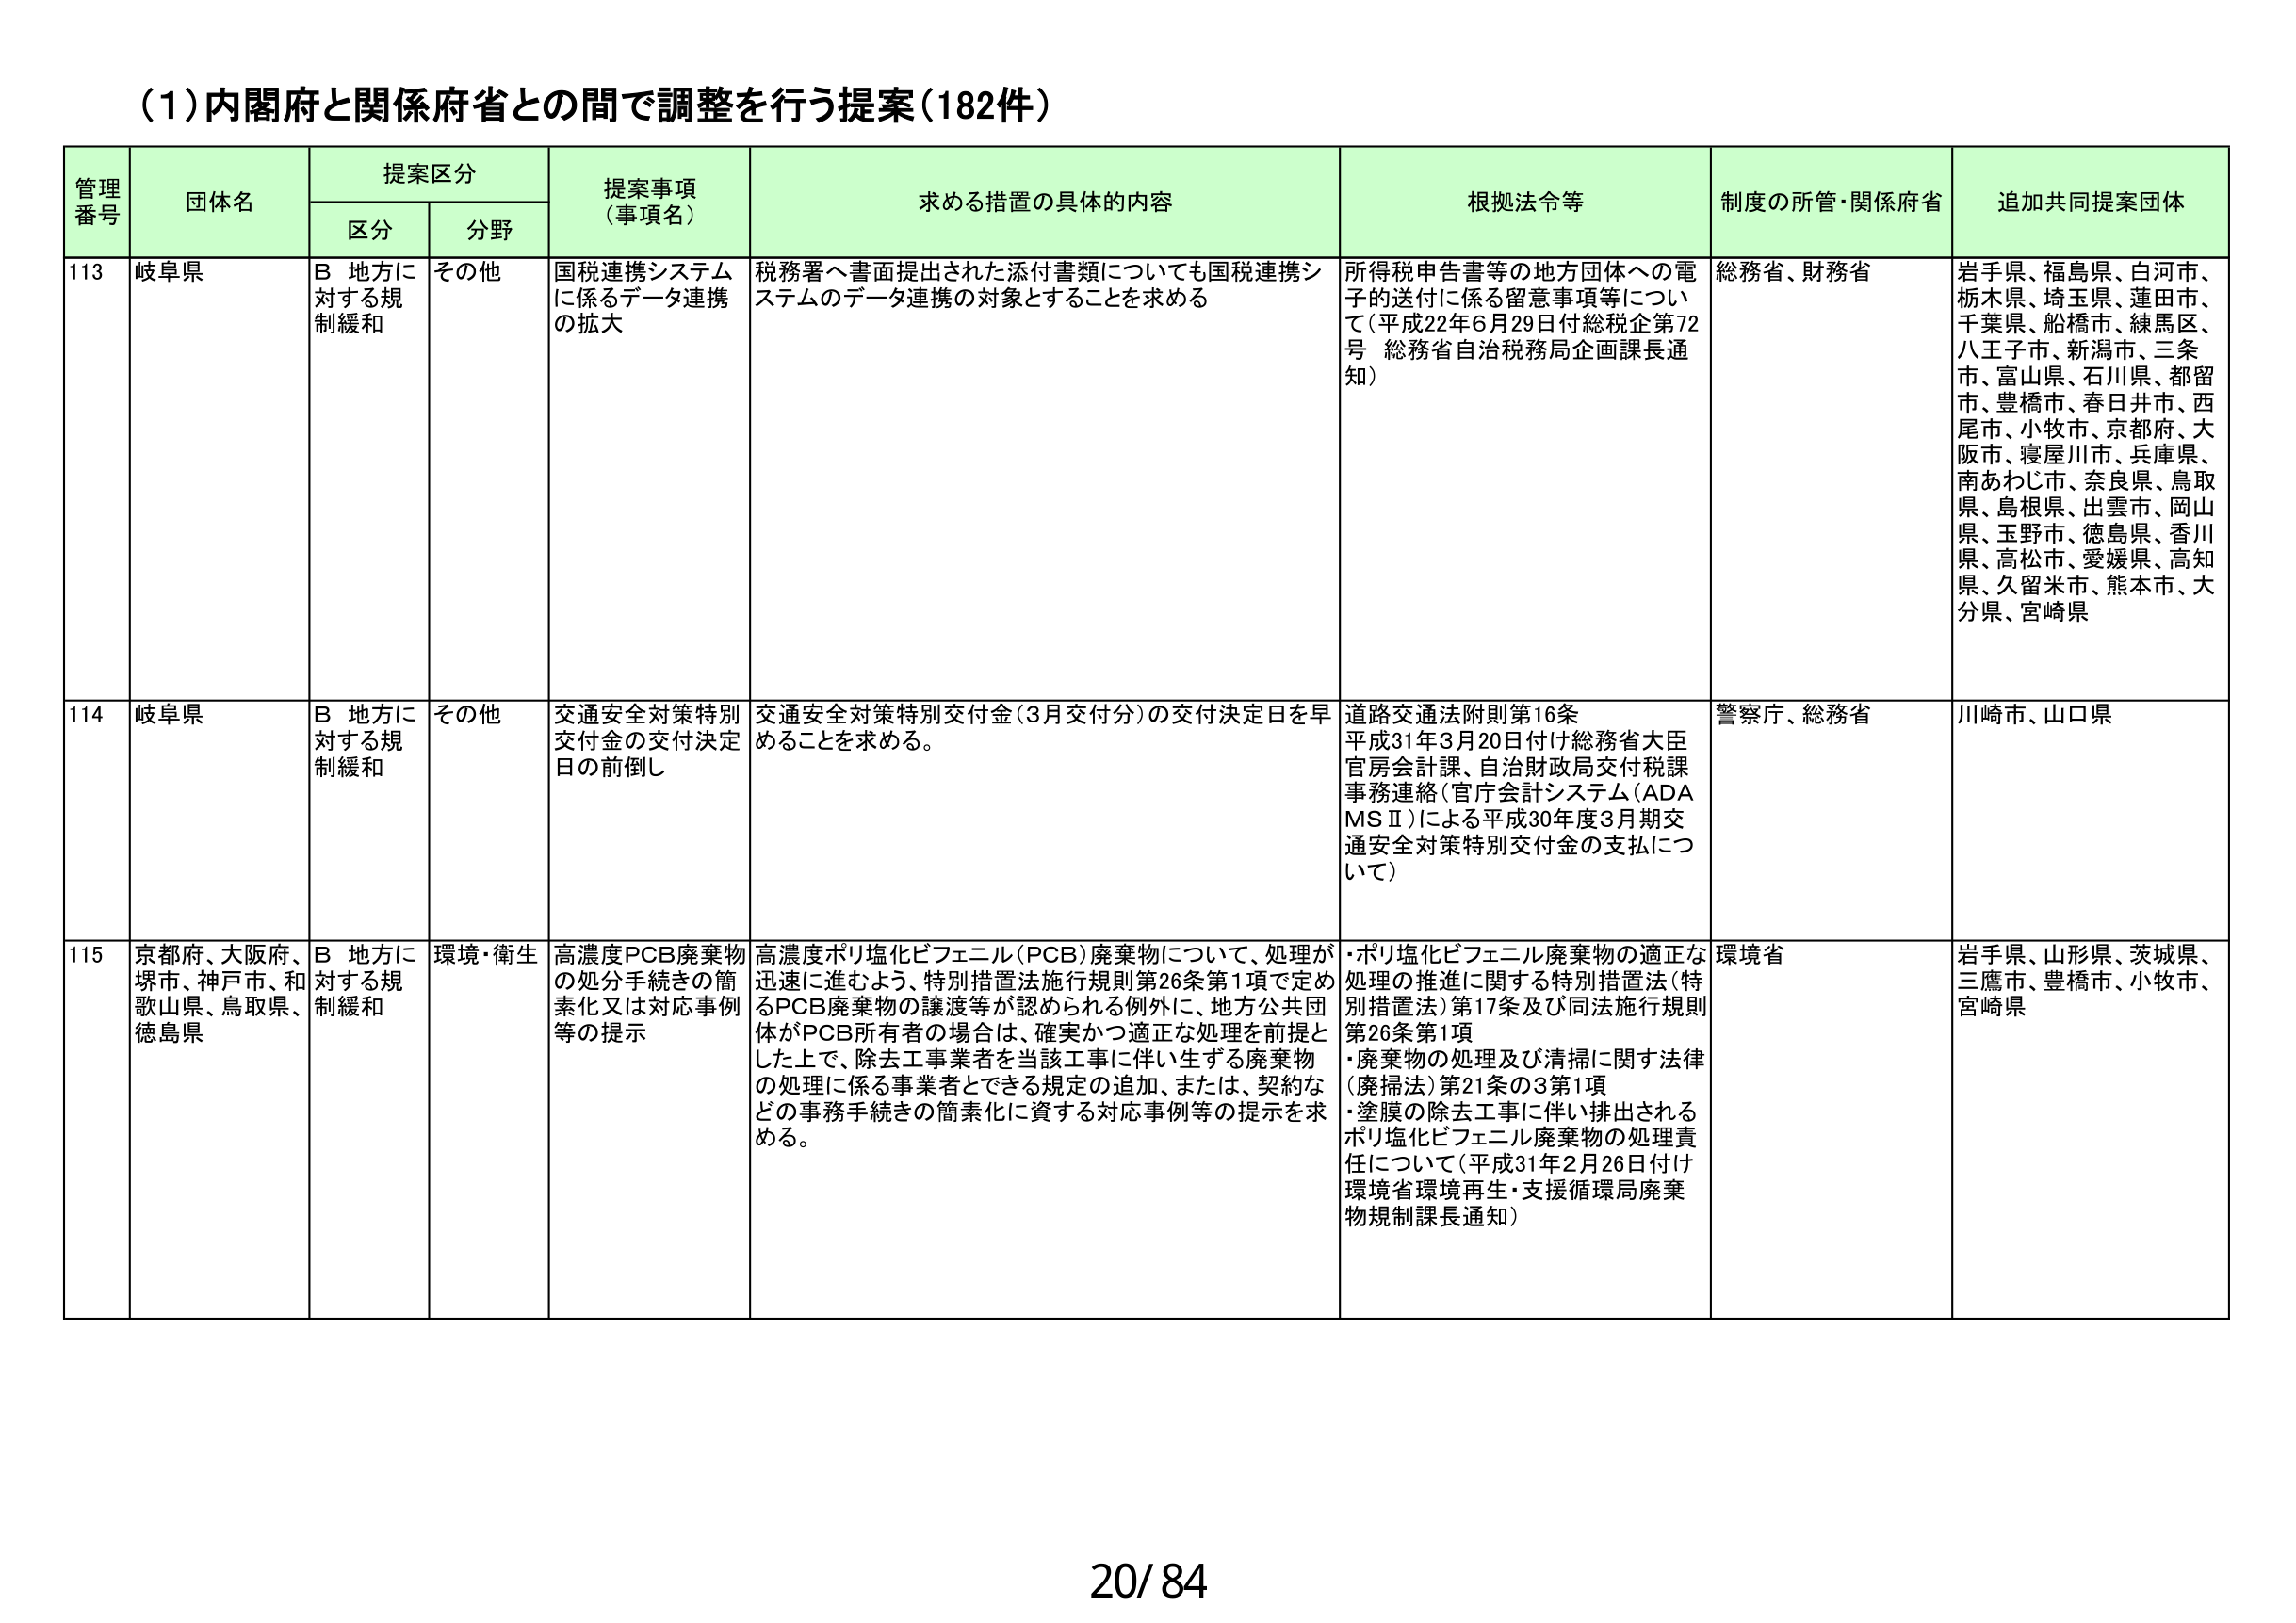
(1)内閣府と関係府省との間で調整を行う提案（182件）

管理番号 団体名 提案区分 提案事項（事項名） 求める措置の具体的内容 根拠法令等 制度の所管・関係府省 追加共同提案団体
区分 分野

113 岐阜県 B 地方に対する規制緩和 その他 国税連携システムに係るデータ連携の拡大 税務署へ書面提出された添付書類についても国税連携システムのデータ連携の対象とすることを求める 所得税申告書等の地方団体への電子的送付に係る留意事項等について（平成22年6月29日付総税企第72号 総務省自治税務局企画課長通知） 総務省、財務省 岩手県、福島県、白河市、栃木県、埼玉県、蓮田市、千葉県、船橋市、練馬区、八王子市、新潟市、三条市、富山県、石川県、都留市、豊橋市、春日井市、西尾市、小牧市、京都府、大阪市、寝屋川市、兵庫県、南あわじ市、奈良県、鳥取県、島根県、出雲市、岡山県、玉野市、徳島県、香川県、高松市、愛媛県、高知県、久留米市、熊本市、大分県、宮崎県

114 岐阜県 B 地方に対する規制緩和 その他 交通安全対策特別交付金の交付決定日の前倒し 交通安全対策特別交付金（3月交付分）の交付決定日を早めることを求める。 道路交通法附則第16条 平成31年3月20日付け総務省大臣官房会計課、自治財政局交付税課事務連絡（官庁会計システム（ADAMSⅡ）による平成30年度3月期交通安全対策特別交付金の支払について） 警察庁、総務省 川崎市、山口県

115 京都府、大阪府、堺市、神戸市、和歌山県、鳥取県、徳島県 B 地方に対する規制緩和 環境・衛生 高濃度PCB廃棄物の処分手続きの簡素化又は対応事例等の提示 高濃度ポリ塩化ビフェニル（PCB）廃棄物について、処理が迅速に進むよう、特別措置法施行規則第26条第1項で定めるPCB廃棄物の譲渡等が認められる例外に、地方公共団体がPCB所有者の場合は、確実かつ適正な処理を前提とした上で、除去工事業者を当該工事に伴い生ずる廃棄物の処理に係る事業者とできる規定の追加、または、契約などの事務手続きの簡素化に資する対応事例等の提示を求める。 ・ポリ塩化ビフェニル廃棄物の適正な処理の推進に関する特別措置法（特別措置法）第17条及び同法施行規則第26条第1項 ・廃棄物の処理及び清掃に関する法律（廃掃法）第21条の3第1項 ・塗膜の除去工事に伴い排出されるポリ塩化ビフェニル廃棄物の処理責任について（平成31年2月26日付け環境省環境再生・支援循環局廃棄物規制課長通知） 環境省 岩手県、山形県、茨城県、三鷹市、豊橋市、小牧市、宮崎県

20/84